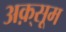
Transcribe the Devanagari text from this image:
अक़्सूम